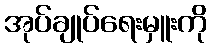
အုပ်ချုပ်ရေးမှူးကို